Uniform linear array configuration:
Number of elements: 64
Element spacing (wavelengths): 0.5
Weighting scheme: hann
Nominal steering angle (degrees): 30
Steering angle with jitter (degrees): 31.567
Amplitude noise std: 0.05
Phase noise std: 0.05

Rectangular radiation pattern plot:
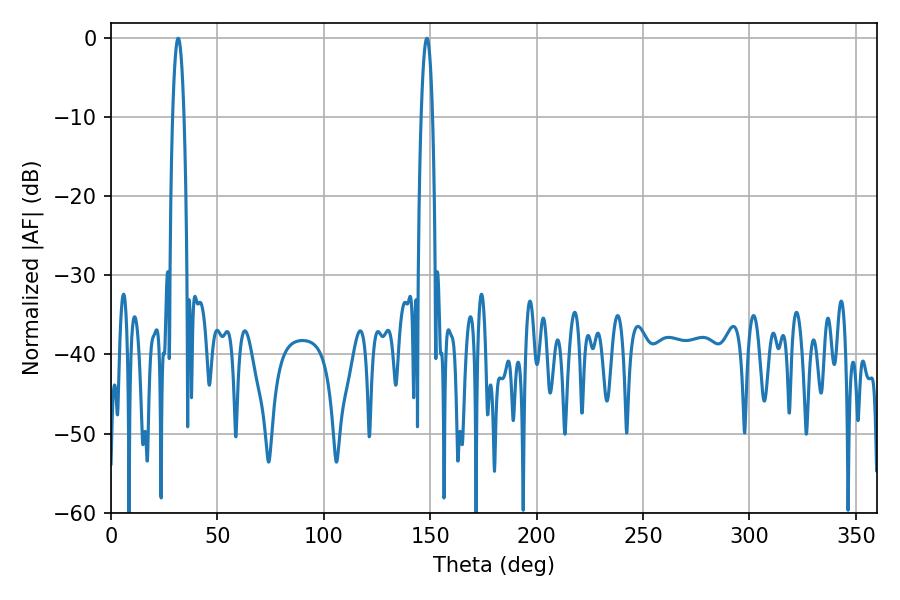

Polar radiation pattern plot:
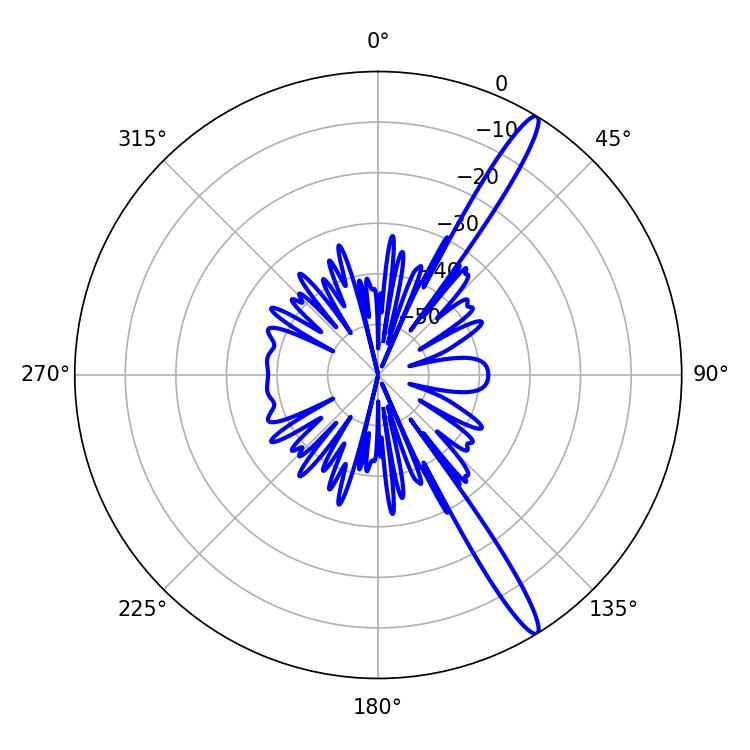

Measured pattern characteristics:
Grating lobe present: FALSE
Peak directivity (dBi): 15.323
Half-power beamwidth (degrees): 3.06
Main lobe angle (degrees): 148.5